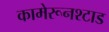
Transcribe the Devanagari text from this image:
कामेरूनश्टाड